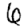
Digit: 6